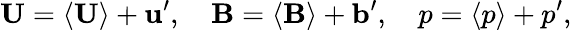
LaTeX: \mathbf{U}=\left\langle\mathbf{U}\right\rangle+\mathbf{u}^{\prime},\quad\mathbf{B}=\left\langle\mathbf{B}\right\rangle+\mathbf{b}^{\prime},\quad p=\left\langle p\right\rangle+p^{\prime},